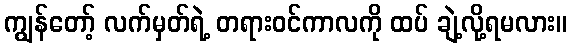
ကျွန်တော့် လက်မှတ်ရဲ့ တရားဝင်ကာလကို ထပ် ချဲ့လို့ရမလား။